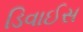
ડિવાઈસ